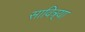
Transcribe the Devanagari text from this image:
सावित्र्या